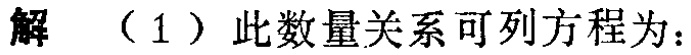
解 （1）此数量关系可列方程为：